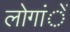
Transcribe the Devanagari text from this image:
लोगांें